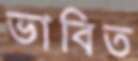
ভাবিত